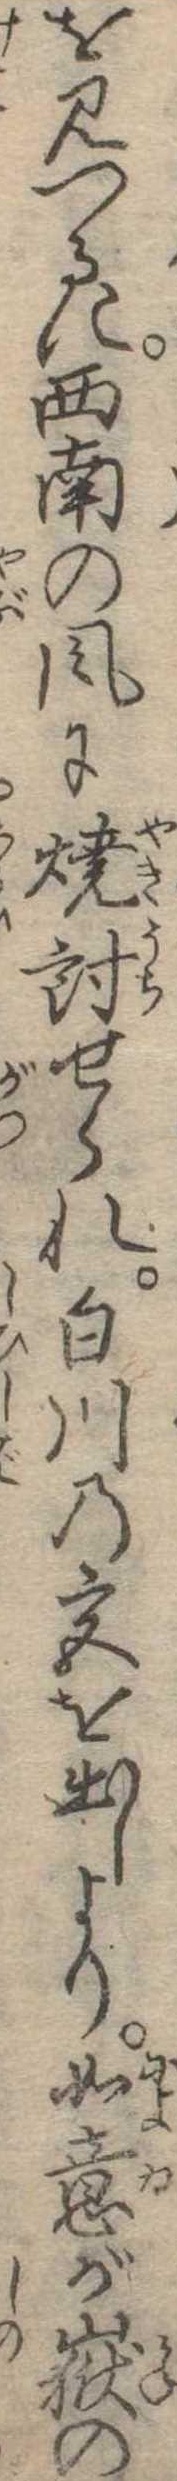
を見つるに西南の風に焼討せられ白川の宮を出しより如意が岳の